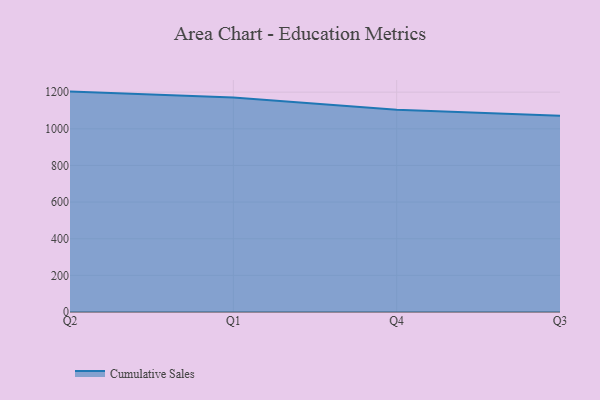
{"axis": {"x": "Quarter", "y": "Shipments"}, "legend": ["Cumulative Sales"], "data": [{"x": "Q2", "y": 1203.0, "type": "Cumulative Sales"}, {"x": "Q1", "y": 1170.4, "type": "Cumulative Sales"}, {"x": "Q4", "y": 1104.6, "type": "Cumulative Sales"}, {"x": "Q3", "y": 1070.9, "type": "Cumulative Sales"}]}